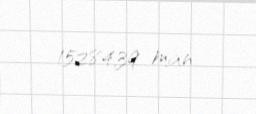
15284,39 man.